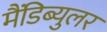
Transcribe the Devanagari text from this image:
मैंडिब्युलर